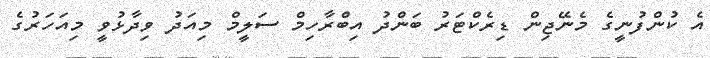
އެ ކުންފުނީގެ މެނޭޖިން ޑިރެކްޓަރު ބަންދު އިބްރާހިމް ސަލީމް މިއަދު ވިދާޅުވީ މިއަހަރުގެ